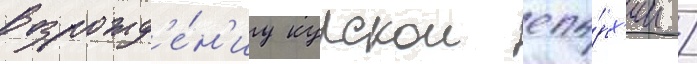
возрожд'е́н'иу курскои епа́рх'ии /